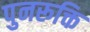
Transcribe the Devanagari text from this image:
पुनरूक्ति